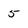
Character: 5